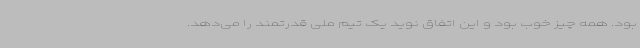
بود. همه چیز خوب بود و این اتفاق نوید یک تیم ملی قدرتمند را می‌دهد.